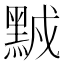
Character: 𪑆